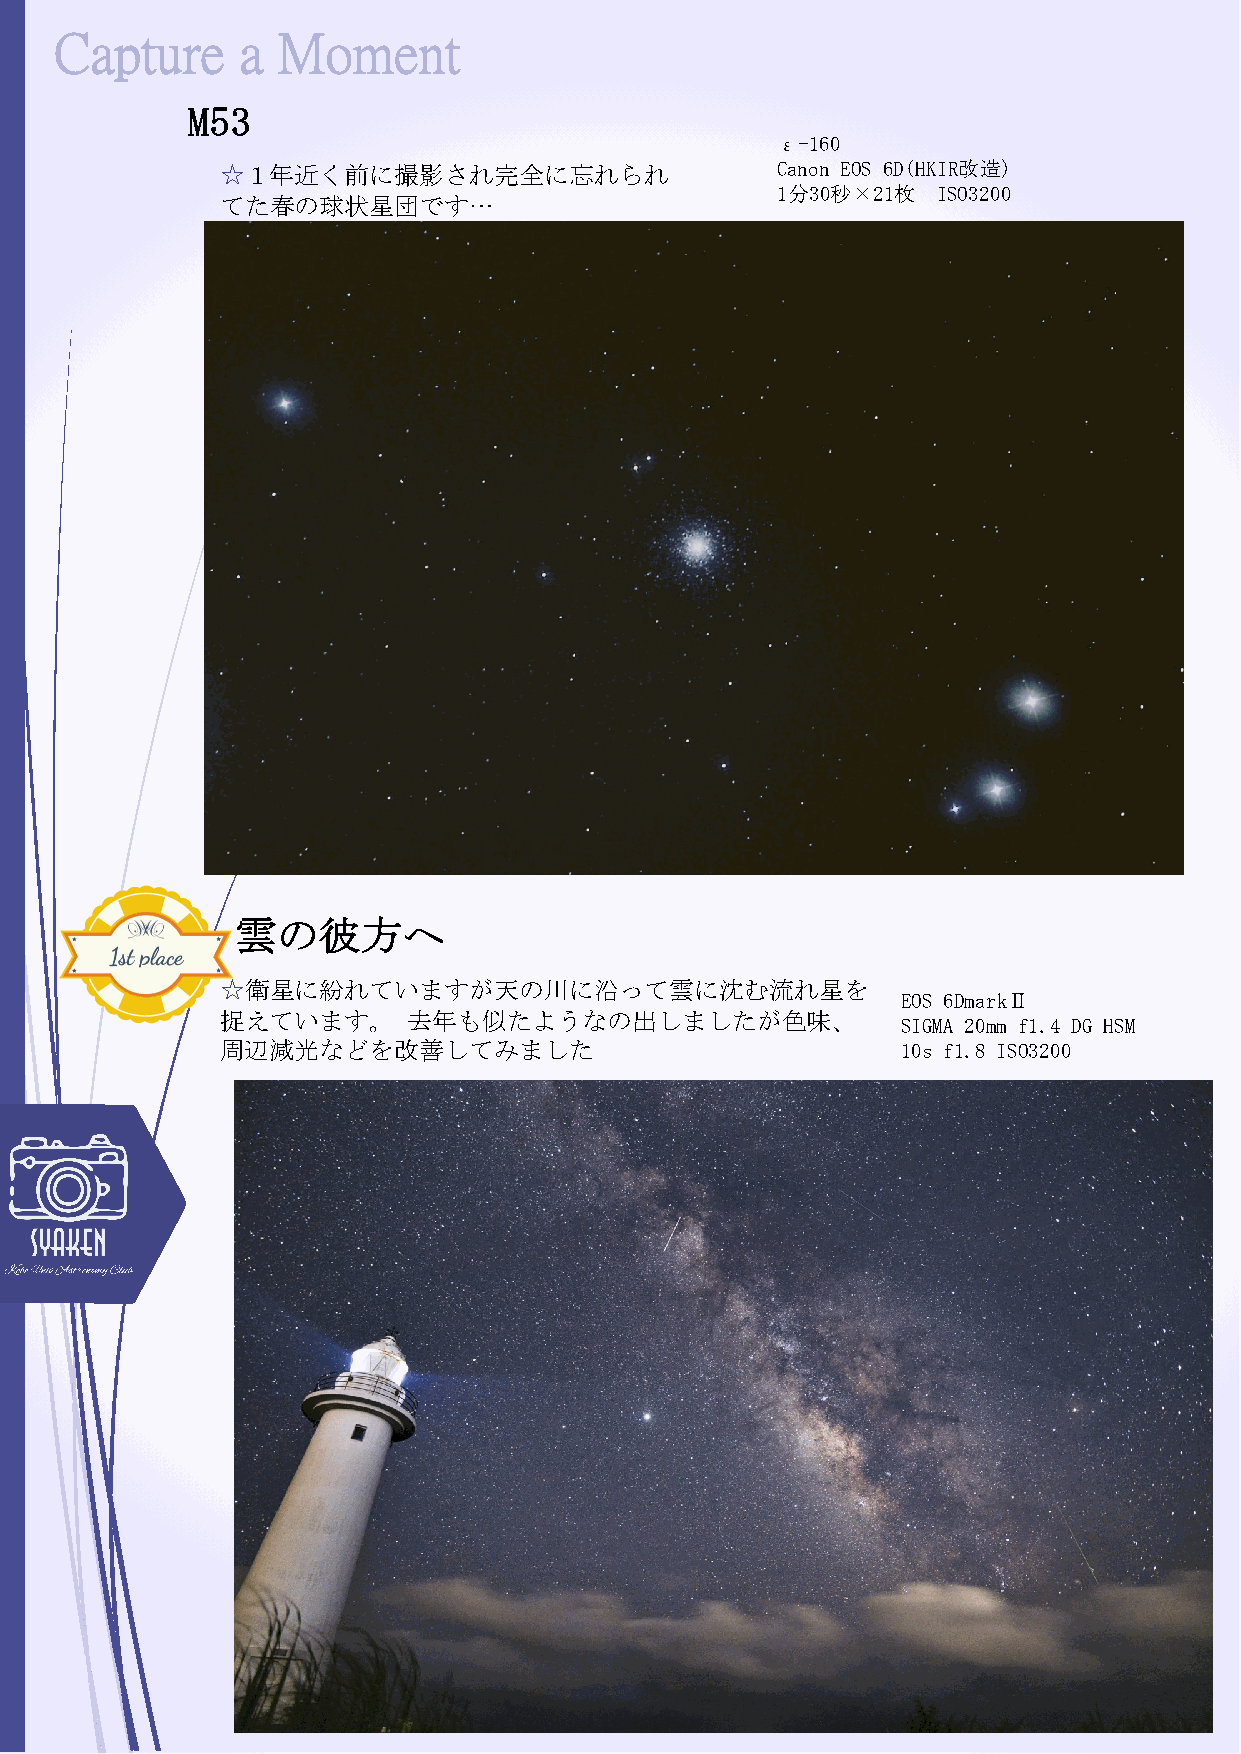
Capture     a Moment
 M53
 ε-160
 ☆１年近く前に撮影され完全に忘れられ                  Canon EOS 6D(HKIR改造)
 1分30秒×21枚  ISO3200
 てた春の球状星団です…
 雲の彼方へ
 ☆衛星に紛れていますが天の川に沿って雲に沈む流れ星を
 EOS 6DmarkⅡ
 捉えています。     去年も似たようなの出しましたが色味、
 SIGMA 20mm f1.4 DG HSM
 周辺減光などを改善してみました                              10s f1.8 ISO3200